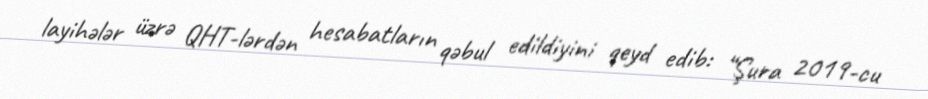
layihələr üzrə QHT-lərdən hesabatların qəbul edildiyini qeyd edib: “Şura 2019-cu